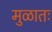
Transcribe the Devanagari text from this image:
मुळातः